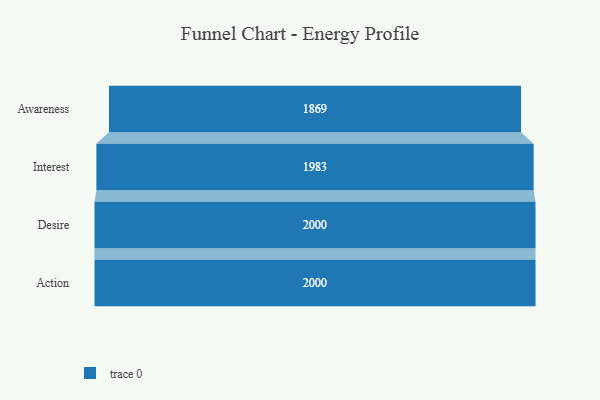
{"axis": {"x": "Stage", "y": "Value"}, "legend": [""], "data": [{"x": "Awareness", "y": 1869.0, "type": ""}, {"x": "Interest", "y": 1983.0, "type": ""}, {"x": "Desire", "y": 2000, "type": ""}, {"x": "Action", "y": 2000, "type": ""}]}